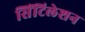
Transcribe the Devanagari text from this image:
सिंटिलेशन